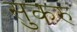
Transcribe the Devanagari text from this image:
सुकरु